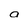
Character: o